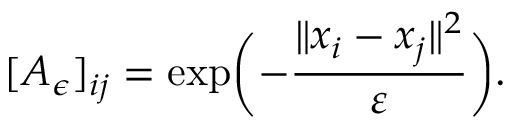
[ A _ { \epsilon } ] _ { i j } = \exp \biggl ( - \frac { \| x _ { i } - x _ { j } \| ^ { 2 } } { \varepsilon } \biggr ) .